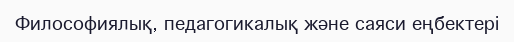
Философиялық, педагогикалық және саяси еңбектері